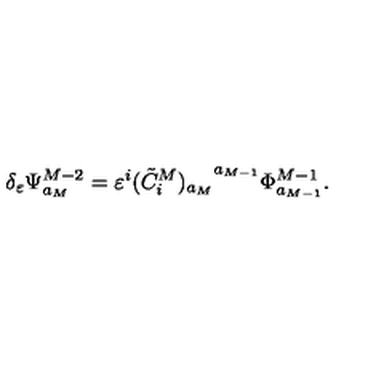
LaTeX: \delta _ { \varepsilon } \Psi _ { a _ { M } } ^ { M - 2 } = \varepsilon ^ { i } { ( \tilde { C } _ { i } ^ { M } ) _ { a _ { M } } } ^ { a _ { M - 1 } } { \Phi } _ { a _ { M - 1 } } ^ { M - 1 } .